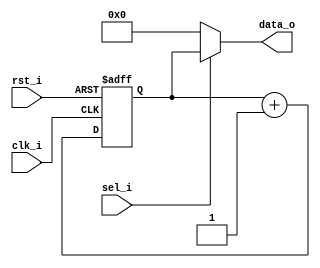
// Matrak M10 RV32I RISC-V Processor
// Glpare II Architechture 2023
// Clock Counter Register

module clock_counter (
   input                clk_i,
   input                rst_i,
   input                sel_i,   // Seim sinyali
   output [31:0]        data_o   // Veri k, ilemciye gidiyor.
);

   reg [31:0] counter_reg;

   assign data_o = sel_i ? counter_reg : 32'b0;

   always @(posedge clk_i, posedge rst_i) begin
      if (rst_i) begin
         counter_reg <= 32'b0;
      end else begin
         counter_reg <= counter_reg + 1;
      end
   end

endmodule